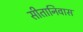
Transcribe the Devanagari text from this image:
सीतानिवास